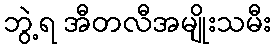
ဘွဲ့ရ အီတလီအမျိုးသမီး